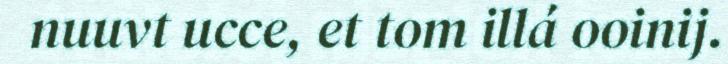
nuuvt ucce, et tom illá ooinij.